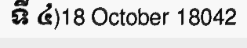
ទី ៤)18 October 18042